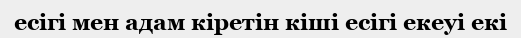
есігі мен адам кіретін кіші есігі екеуі екі